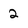
Character: 2